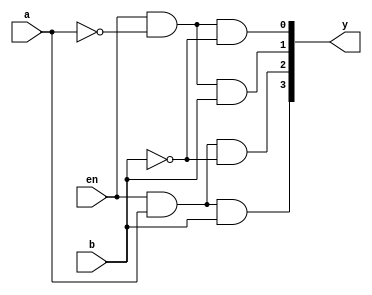
`timescale 1ns / 1ps
module decoder2x4(en,a,b,y);
output [3:0] y;
input a,b,en;
and v1(y[0],en,~a,~b);
and v2(y[1],en,~a,b);
and v3(y[2],en,a,~b);
and v4(y[3],en,a,b);
endmodule